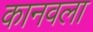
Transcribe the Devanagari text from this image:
कानवला